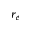
r _ { e }